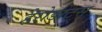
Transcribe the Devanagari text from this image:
हेरोडोट्स